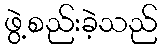
ဖွဲ့စည်းခဲ့သည်